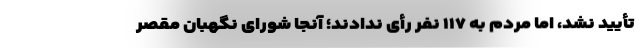
تأ‌یید نشد، اما مردم به ۱۱۷ نفر رأی ندادند؛ آنجا شورای نگهبان مقصر